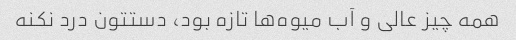
همه چیز عالی و آب میوه‌ها تازه بود، دستتون درد نکنه